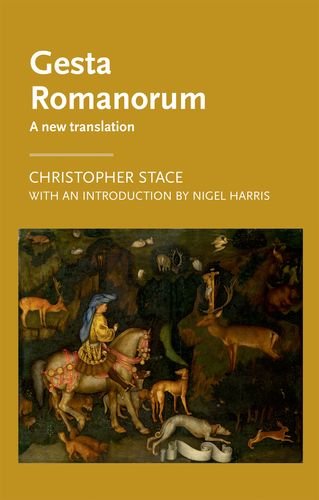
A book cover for Gesta Romanorum: A new translation (Manchester Medieval Literature and Culture MUP); Literature & Fiction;